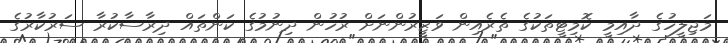
މަޖިލީހުގެ ދާއިމީ ކޮމިޓީތަކުގެ ތެރެއިން ވަޒީރުންނަށް ރުހުން ދިނުމުގެ ކަންތައް ދިރާސާކުރާ ސަރުކާރުގެ